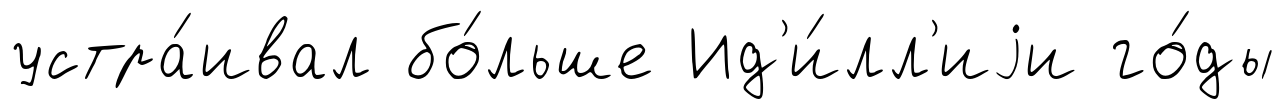
устра́ивал бо́льше Ид'и́лл'иjи го́ды